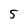
Character: 5